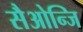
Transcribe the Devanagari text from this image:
सैओन्जि